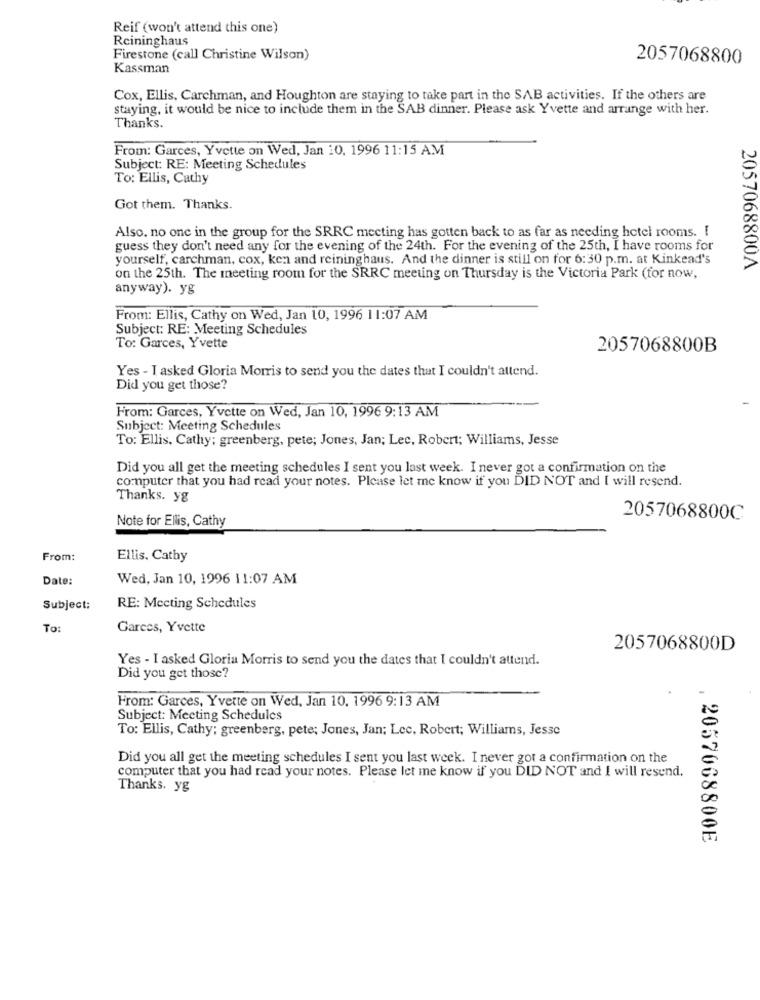
Reif (won't attend this one)
Reininghaus
Firestone (call Christine Wilson)
2057068800
Kassman
Cox, Ellis, Carchman, and Houghton are staying to take part in the SAB activities. If the others are
staying, it would be nice to include them in the SAB dinner. Please ask Yvette and arrange with her.
Thanks.
From: Garces, Yvette on Wed, Jan 10, 1996 11:15 AM
Subject: RE: Meeting Schedules
To: Ellis, Cathy
Got them. Thanks.
Also, no one in the group for the SRRC meeting has gotten back to as far as needing hotel rooms. [
guess they don't need any for the evening of the 24th. For the evening of the 25th, I have rooms for
yourself, carchman, cox, ken and reininghaus. And the dinner is still on for 6:30 p.m. at Kinkead's
2057068800A
on the 25th. The meeting room for the SRRC meeting on Thursday is the Victoria Park (for now,
anyway). yg
From: Ellis, Cathy on Wed, Jan 10, 1996 11:07 AM
Subject: RE: Meeting Schedules
To: Garces, Yvette
2057068800B
Yes - I asked Gloria Morris to send you the dates that I couldn't attend.
Did you get those?
From: Garces, Yvette on Wed, Jan 10, 1996 9:13 AM
Subject: Meeting Schedules
To: Ellis, Cathy; greenberg, pete; Jones, Jan; Lec, Robert; Williams, Jesse
Did you all get the meeting schedules I sent you last week. I never got a confirmation on the
computer that you had read your notes. Please let me know if you DID NOT and I will resend.
Thanks. yg
Note for Ellis, Cathy
2057068800C
From:
Ellis. Cathy
Date:
Wed, Jan 10, 1996 11:07 AM
Subject:
RE: Meeting Schedules
To:
Garces, Yvette
2057068800D
Yes - I asked Gloria Morris to send you the dates that I couldn't attend.
Did you get those?
From: Garces, Yvette on Wed, Jan 10. 1996 9:13 AM
Subject: Meeting Schedules
To: Ellis, Cathy; greenberg, pete; Jones, Jan; Lec, Robert; Williams, Jesse
Did you all get the meeting schedules I sent you last week. I never got a confirmation on the
computer that you had read your notes. Please let me know if you DID NOT and I will resend.
Thanks. yg
. 2057068800E